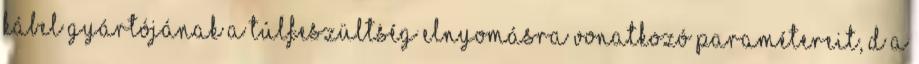
kábel gyártójának a túlfeszültség elnyomásra vonatkozó paramétereit, d a